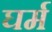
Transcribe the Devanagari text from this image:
घर्म